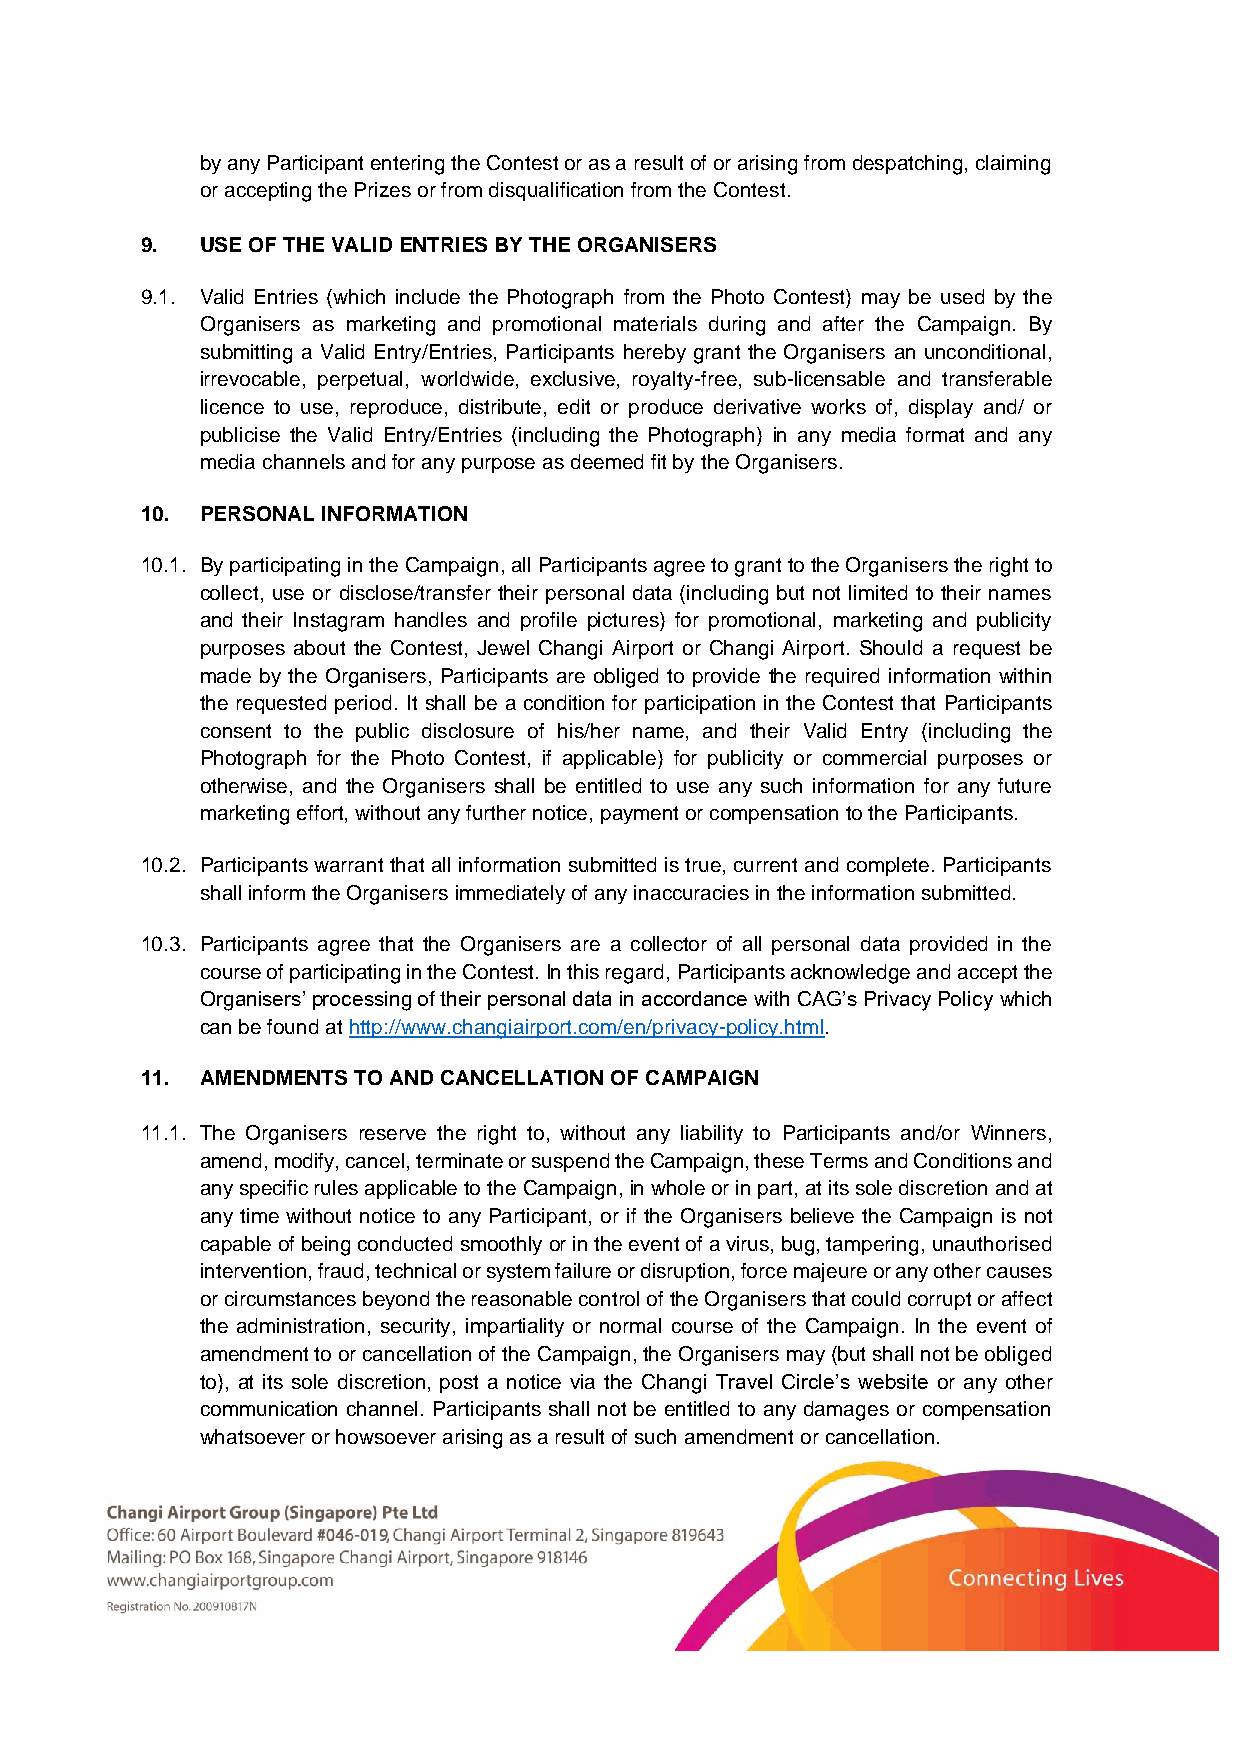
by any Participant entering the Contest or as a result of or arising from despatching, claiming
 or accepting the Prizes or from disqualification from the Contest.
 9.  USE OF THE VALID ENTRIES BY THE ORGANISERS
 9.1. Valid Entries (which include the Photograph from the Photo Contest) may be used by the
 Organisers as marketing and promotional materials during and after the Campaign. By
 submitting a Valid Entry/Entries, Participants hereby grant the Organisers an unconditional,
 irrevocable, perpetual, worldwide, exclusive, royalty-free, sub-licensable and transferable
 licence to use, reproduce, distribute, edit or produce derivative works of, display and/ or
 publicise the Valid Entry/Entries (including the Photograph) in any media format and any
 media channels and for any purpose as deemed fit by the Organisers.
 10. PERSONAL INFORMATION
 10.1. By participating in the Campaign, all Participants agree to grant to the Organisers the right to
 collect, use or disclose/transfer their personal data (including but not limited to their names
 and their Instagram handles and profile pictures) for promotional, marketing and publicity
 purposes about the Contest, Jewel Changi Airport or Changi Airport. Should a request be
 made by the Organisers, Participants are obliged to provide the required information within
 the requested period. It shall be a condition for participation in the Contest that Participants
 consent to the public disclosure of his/her name, and their Valid Entry (including the
 Photograph for the Photo Contest, if applicable) for publicity or commercial purposes or
 otherwise, and the Organisers shall be entitled to use any such information for any future
 marketing effort, without any further notice, payment or compensation to the Participants.
 10.2. Participants warrant that all information submitted is true, current and complete. Participants
 shall inform the Organisers immediately of any inaccuracies in the information submitted.
 10.3. Participants agree that the Organisers are a collector of all personal data provided in the
 course of participating in the Contest. In this regard, Participants acknowledge and accept the
 Organisers’ processing of their personal data in accordance with CAG’s Privacy Policy which
 can be found at http://www.changiairport.com/en/privacy-policy.html.
 11. AMENDMENTS TO AND CANCELLATION OF CAMPAIGN
 11.1. The Organisers reserve the right to, without any liability to Participants and/or Winners,
 amend, modify, cancel, terminate or suspend the Campaign, these Terms and Conditions and
 any specific rules applicable to the Campaign, in whole or in part, at its sole discretion and at
 any time without notice to any Participant, or if the Organisers believe the Campaign is not
 capable of being conducted smoothly or in the event of a virus, bug, tampering, unauthorised
 intervention, fraud, technical or system failure or disruption, force majeure or any other causes
 or circumstances beyond the reasonable control of the Organisers that could corrupt or affect
 the administration, security, impartiality or normal course of the Campaign. In the event of
 amendment to or cancellation of the Campaign, the Organisers may (but shall not be obliged
 to), at its sole discretion, post a notice via the Changi Travel Circle’s website or any other
 communication channel. Participants shall not be entitled to any damages or compensation
 whatsoever or howsoever arising as a result of such amendment or cancellation.